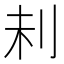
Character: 𠛐